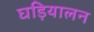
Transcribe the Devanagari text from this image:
घड़ियालन